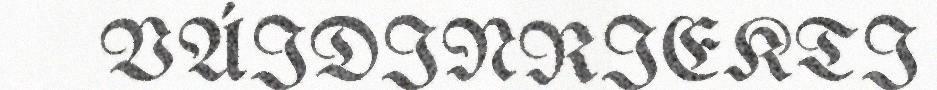
VÁIDINRIEKTI